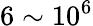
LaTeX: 6\sim 10^{6}